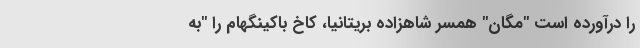
را درآورده است "مگان" همسر شاهزاده بریتانیا، کاخ باکینگهام را "به